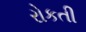
રોકતી